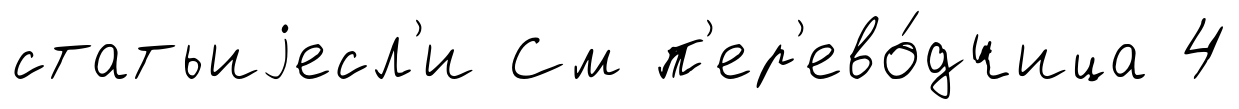
статьиjесл'и См п'ер'ево́дчица 4